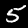
Digit: 5